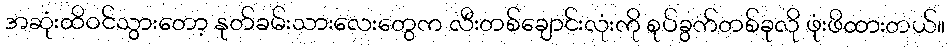
အဆုံးထိဝင်သွားတော့ နုတ်ခမ်းသားလေးတွေက လီးတစ်ချောင်းလုံးကို စုပ်ခွက်တစ်ခုလို ဖုံးဖိထားတယ်။